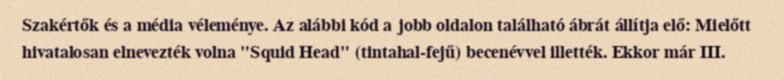
Szakértők és a média véleménye. Az alábbi kód a jobb oldalon található ábrát állítja elő: Mielőtt hivatalosan elnevezték volna "Squid Head" (tintahal-fejű) becenévvel illették. Ekkor már III.